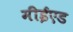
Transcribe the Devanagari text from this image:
मीईएड